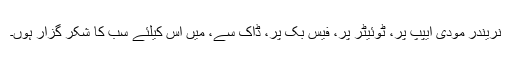
نریندر مودی ایپپ پر، ٹوئیٹر پر، فیس بک پر، ڈاک سے، میں اس کیلئے سب کا شکر گزار ہوں۔